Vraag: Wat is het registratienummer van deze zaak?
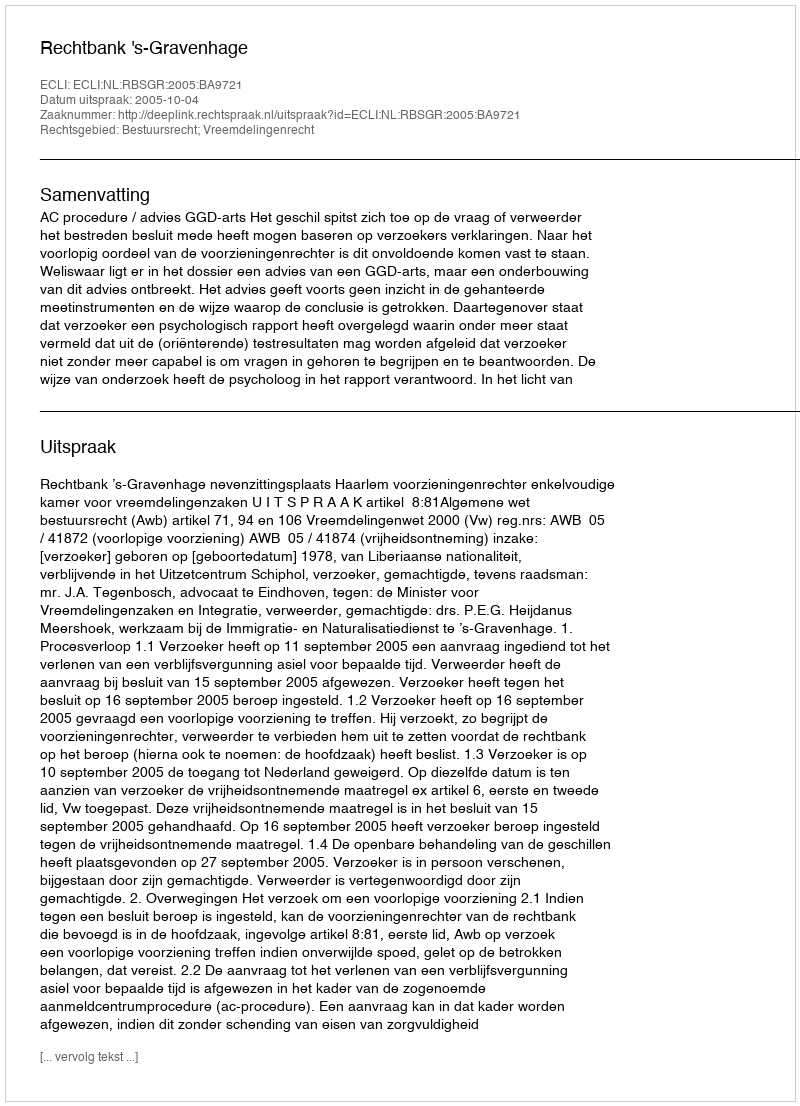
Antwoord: http://deeplink.rechtspraak.nl/uitspraak?id=ECLI:NL:RBSGR:2005:BA9721